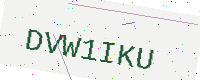
Text: DVW1IKU